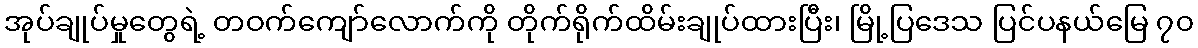
အုပ်ချုပ်မှုတွေရဲ့ တဝက်ကျော်လောက်ကို တိုက်ရိုက်ထိမ်းချုပ်ထားပြီး၊ မြို့ပြဒေသ ပြင်ပနယ်မြေ ၇၀